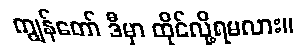
ကျွန်တော် ဒီမှာ ထိုင်လို့ရမလား။